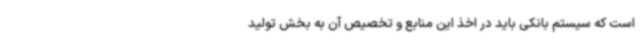
است که سیستم بانکی باید در اخذ این منابع و تخصیص آن به بخش تولید